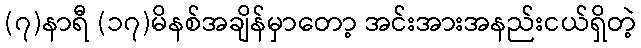
(၇)နာရီ (၁၇)မိနစ်အချိန်မှာတော့ အင်းအားအနည်းငယ်ရှိတဲ့